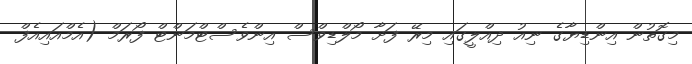
މިގޮތުން އިންޑިޔާގެ ނިއު ދިއްލީގައި މިރޭ ފަށާ މޯލްޑިވްސް އިންވެސްޓްމަންޓް ފޯރަމް (އެމްއައިއެފް